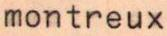
montreux